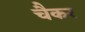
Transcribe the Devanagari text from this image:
चैकर